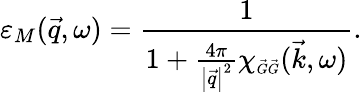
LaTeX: \varepsilon_{M}(\vec{q},\omega)=\frac{1}{1+\frac{4\pi}{\left|\vec{q}\right|^{2}}\chi_{\scriptscriptstyle\vec{G}\vec{G}}(\vec{k},\omega)}.